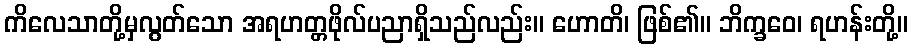
ကိလေသာတို့မှလွတ်သော အရဟတ္တဖိုလ်ပညာရှိသည်လည်း။ ဟောတိ၊ ဖြစ်၏။ ဘိက္ခဝေ၊ ရဟန်းတို့။